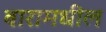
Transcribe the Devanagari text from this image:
बारामधील